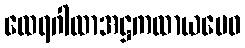
ထေရဂါထာအဋ္ဌကထာယမေဝ